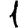
Digit: 1